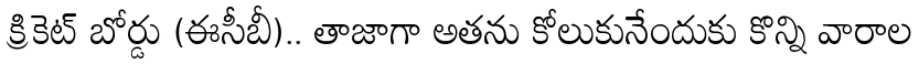
క్రికెట్ బోర్డు (ఈసీబీ).. తాజాగా అతను కోలుకునేందుకు కొన్ని వారాల